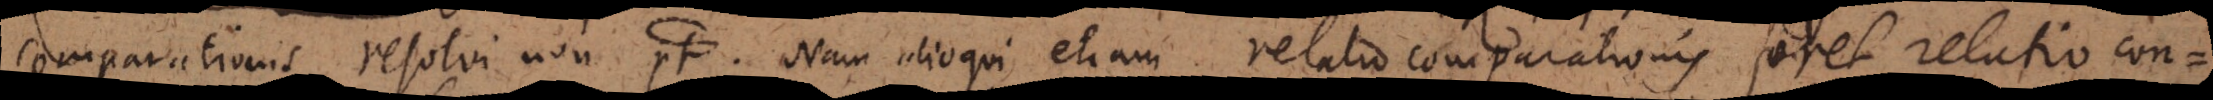
comparationis resolvi non potest). Nam alioqui etiam relatio comparationis foret relatio con